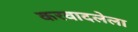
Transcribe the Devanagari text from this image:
करवादलेला